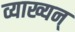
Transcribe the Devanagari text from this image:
व्याख्यन्